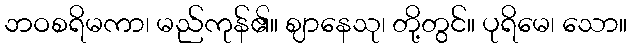
ဘဝစရိမကာ၊ မည်ကုန်၏။ ဈာနေသု၊ တို့တွင်။ ပုရိမေ၊ သော။